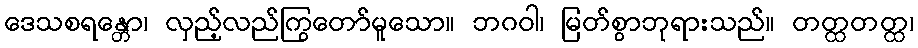
ဒေသစရန္တော၊ လှည့်လည်ကြွတော်မူသော။ ဘဂဝါ၊ မြတ်စွာဘုရားသည်။ တတ္ထတတ္ထ၊